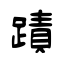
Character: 蹟